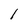
Character: l